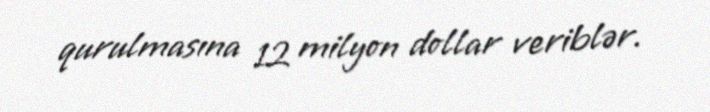
qurulmasına 12 milyon dollar veriblər.